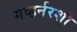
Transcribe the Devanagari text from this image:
गव्हर्नरशी